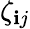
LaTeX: \zeta_{\mathbf{i}j}